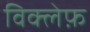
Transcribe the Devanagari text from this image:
विक्लेफ़